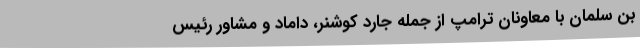
بن سلمان با معاونان ترامپ از جمله جارد کوشنر، داماد و مشاور رئیس‌